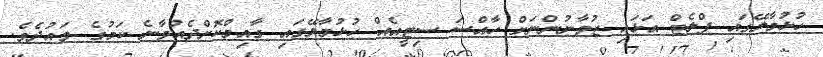
ހުޅުމާލޭގައި ފްލެޓް އަޅައި ޒުވާނުންނަށް ހާއްސަ ސިޓީއެއް ހުޅުމާލޭގައި ގާއިމްކޮށްދެއްވާނެ ކަމުގެ ވައުދެވެ.